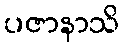
ပဇာနာသိ